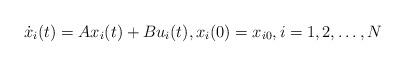
LaTeX: \begin{align*}\dot{x}_i(t) = Ax_i(t) + Bu_i(t), x_{i}(0) =x_{i0}, i = 1, 2, \ldots,N\end{align*}